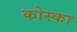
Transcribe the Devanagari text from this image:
कोस्का